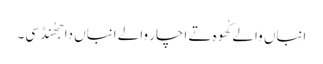
انباں والے کُھوہ تے اچار والے انباں دا جھُنڈ سی۔